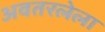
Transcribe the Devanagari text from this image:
अवतरलेला